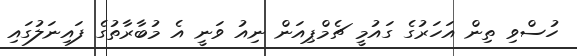
ހުސްވި ތިން އަހަރުގެ ގައުމީ ޗެމްޕިއަން ނިއު ވަނީ އެ މުބާރާތުގެ ފައިނަލުގައި